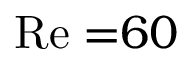
\mathrm { R e = } 6 0